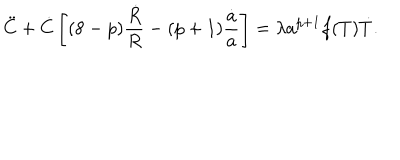
{ \ddot { C } } + { \dot { C } } \left[ ( 8 - p ) { \frac { { \dot { R } } } { R } } - ( p + 1 ) { \frac { { \dot { a } } } { a } } \right] = \lambda a ^ { p + 1 } f ( T ) { \dot { T } } .